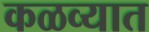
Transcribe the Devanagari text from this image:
कळव्यात